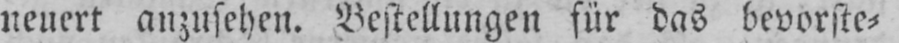
neuert anzusehen. Bestellungen für das bevorste⸗